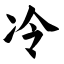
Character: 冷